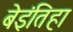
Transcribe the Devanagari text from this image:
बेइंतिहा